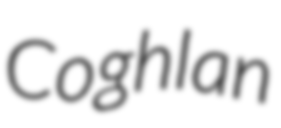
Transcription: Coghlan